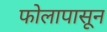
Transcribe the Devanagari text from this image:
फोलापासून